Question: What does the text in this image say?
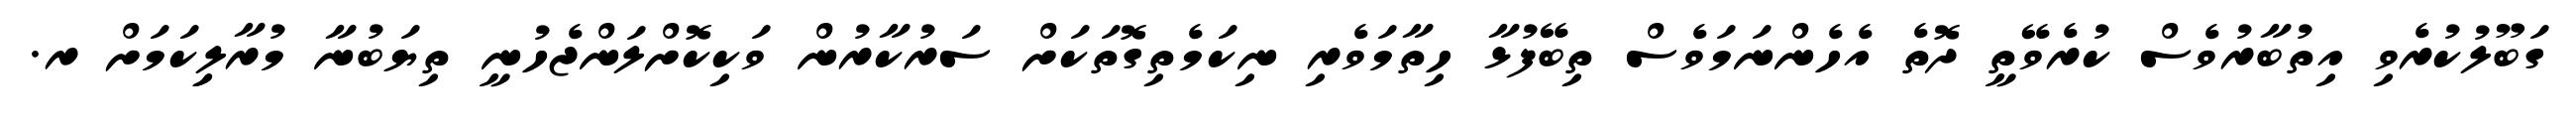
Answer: ގަބޫލުކުރެވި އިތުބާރުވެސް ކުރެވޭތީ ދޮތެ އެހެންނަމަވެސް ތިބޭފުޅާ ހިތާމަވެރި ނިކަމެތިގޮތަކަށް ސަރުކާރުން ވަކިކޮށްލަންޖެހުނީ ތިޔަބުނާ މުރާލިިކަމަށް ރ.